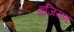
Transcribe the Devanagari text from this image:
मुजियम